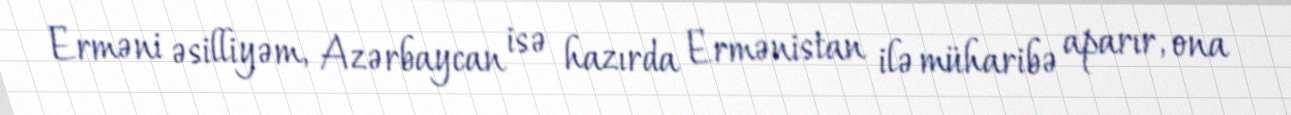
Erməni əsilliyəm, Azərbaycan isə hazırda Ermənistan ilə müharibə aparır, ona